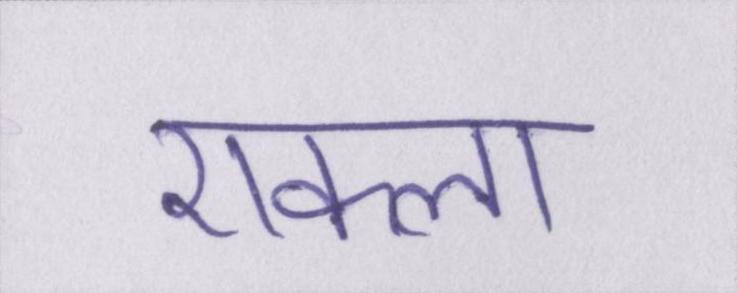
एकला